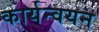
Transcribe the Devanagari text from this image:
कार्यन्वयन